Lunatic asylums Central Provinces reports 1886-1894 - 1886-1894
Year: 1886
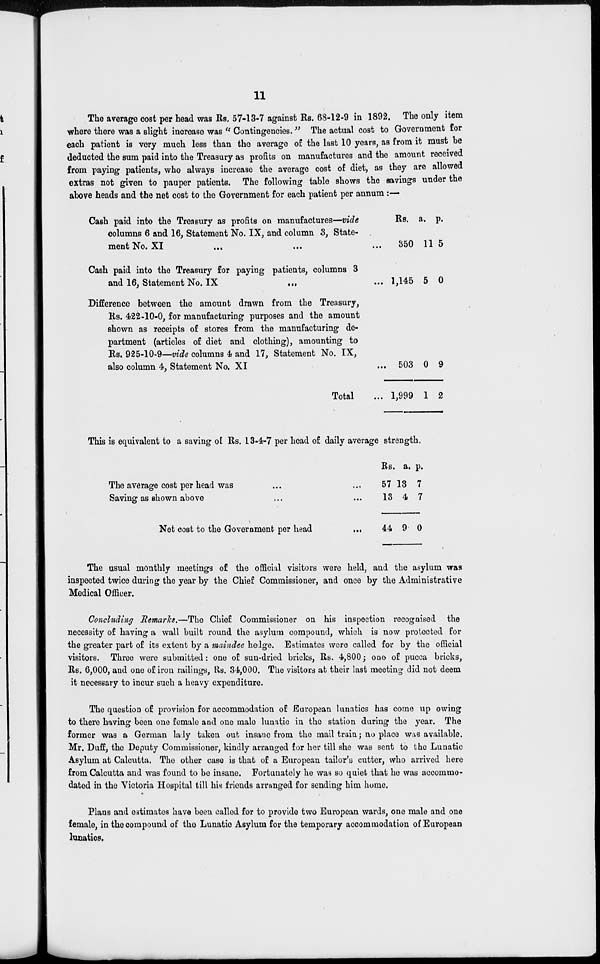
11
The average cost per head was Rs. 57-13-7 against Rs. 68-12-9 in 1892. The only item
where there was a slight increase was " Contingencies." The actual cost to Government for
each patient is very much less than the average of the last 10 years, as from it must be
deducted the sum paid into the Treasury as profits on manufactures and the amount received
from paying patients, who always increase the average cost of diet, as they are allowed
extras not given to pauper patients. The following table shows the savings under the
above heads and the net cost to the Government for each patient per annum :—
Cash paid into the Treasury as profits on manufactures—vide
columns 6 and 16, Statement No. IX, and column 3, State-
ment No. XI
...
...
...
Cash paid into the Treasury for paying patients, columns 3
and 16, Statement No. IX
...
...
Difference between the amount drawn from the Treasury,
Rs. 422-10-0, for manufacturing purposes and the amount
shown as receipts of stores from the manufacturing de-
partment (articles of diet and clothing), amounting to
Rs. 925-10-9—vide columns 4 and 17, Statement No. IX,
also column 4, Statement No, XI
...
Total ...
Rs.
350
1,145
503
1,999
a.
11
5
0
1
p.
5
0
9
2
This is equivalent to a saving of Rs. 13-4-7 per head of daily average strength.
The average cost per head was ... ...
Saving as shown above ... ...
Net cost to the Government per head
...
Rs.
57
13
44
a.
13
4
9
p.
7
7
0
The usual monthly meetings of the official visitors were held, and the asylum was
inspected twice during the year by the Chief Commissioner, and once by the Administrative
Medical Officer.
Concluding Remarks.—The Chief Commissioner on his inspection recognised the
necessity of having a wall built round the asylum compound, which is now protected for
the greater part of its extent by a maindee hedge. Estimates were called for by the official
visitors. Three were submitted: one of sun-dried bricks, Rs. 4,800; one of pucca bricks,
Rs. 6,000, and one of iron railings, Rs. 34,000. The visitors at their last meeting did not deem
it necessary to incur such a heavy expenditure.
The question of provision for accommodation of European lunatics has come up owing
to there having been one female and one male lunatic in the station during the year. The
former was a German lady taken out insane from the mail train; no place was available.
Mr. Duff, the Deputy Commissioner, kindly arranged for her till she was sent to the Lunatic
Asylum at Calcutta. The other case is that of a European tailor's cutter, who arrived here
from Calcutta and was found to be insane. Fortunately he was so quiet that he was accommo-
dated in the Victoria Hospital till his friends arranged for sending him home.
Plans and estimates have been called for to provide two European wards, one male and one
female, in the compound of the Lunatic Asylum for the temporary accommodation of European
lunatics.